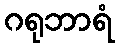
ဂရုဘာရံ